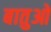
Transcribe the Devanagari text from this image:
बातुओ